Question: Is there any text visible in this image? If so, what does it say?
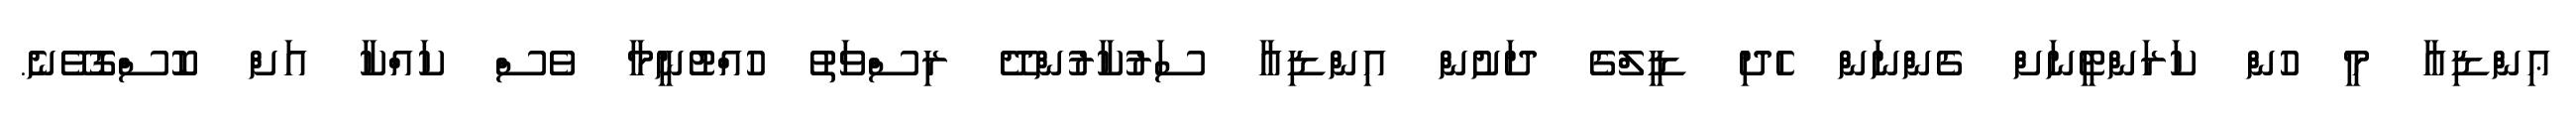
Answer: ޢިންޑިއާ މީ ހުން ކަރަންޓީނަށް ގެންނަން ހެދި ޑީލްގެ ދަށުން އިންޑިއާ ސަރުކާރުންދޭ ރިސްވަތު ހުއްޓުނީމާ ވެސް ކައްކާ އަށް ކޮސްގޮވޭނެ.